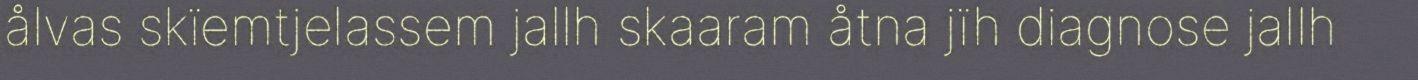
ålvas skïemtjelassem jallh skaaram åtna jïh diagnose jallh